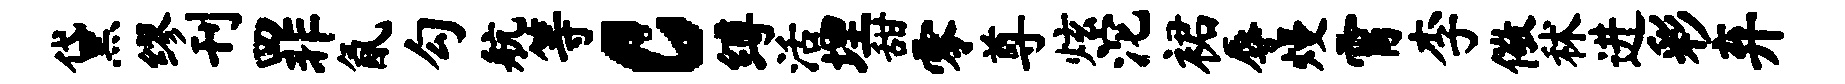
黛缪刊罪氤勾航等c缚活埋甜零尊炫沱裙辱熳霄李儆秫进彩弃